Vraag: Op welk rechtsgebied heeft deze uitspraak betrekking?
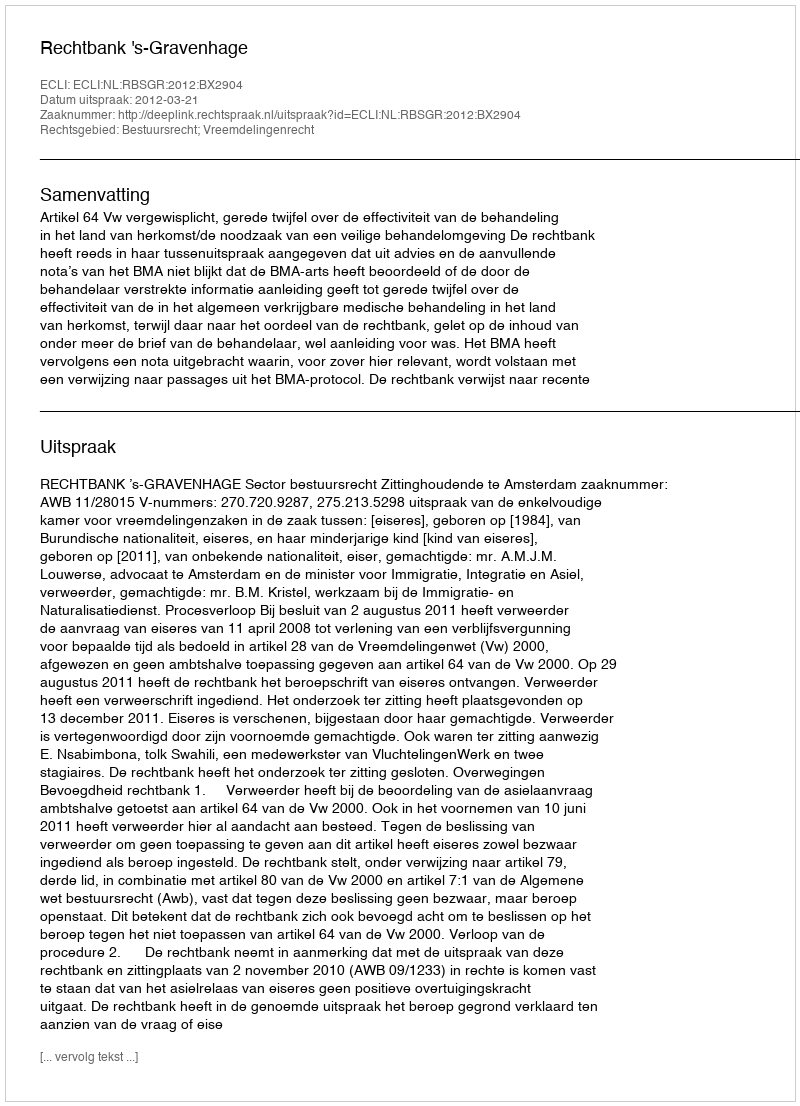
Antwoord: Bestuursrecht; Vreemdelingenrecht